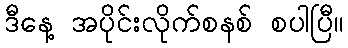
ဒီနေ့ အပိုင်းလိုက်စနစ် စပါပြီ။